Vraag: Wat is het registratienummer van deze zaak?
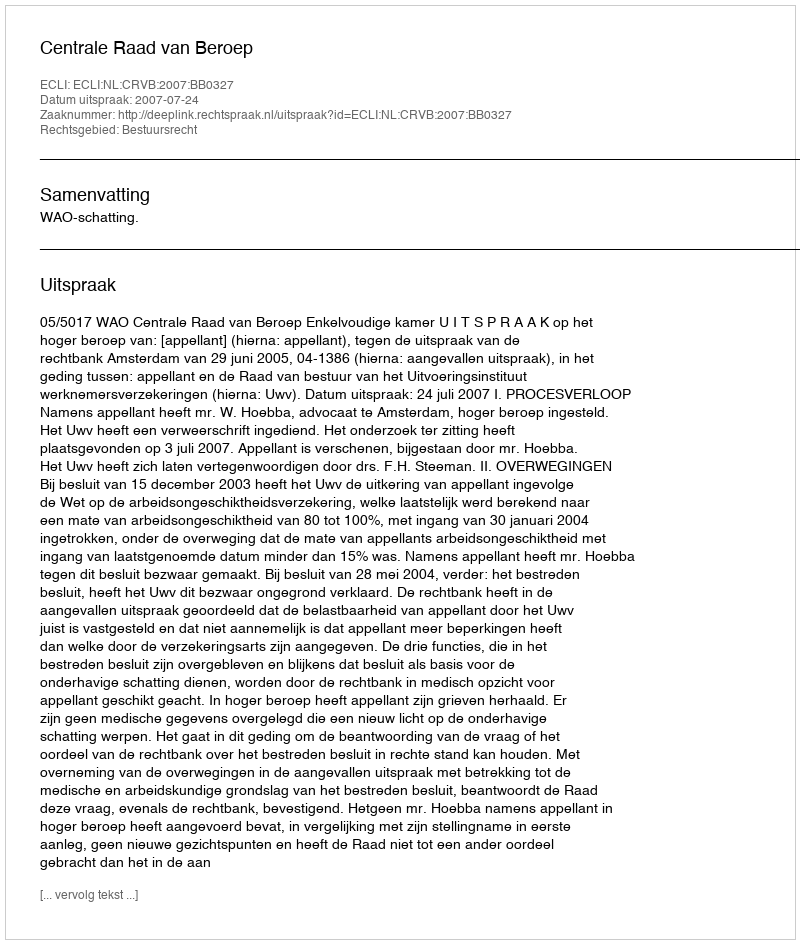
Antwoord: http://deeplink.rechtspraak.nl/uitspraak?id=ECLI:NL:CRVB:2007:BB0327